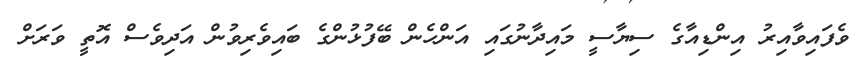
ވެފައިވާއިރު އިންޑިއާގެ ސިޔާސީ މައިދާނުގައި އަންހެން ބޭފުޅުންގެ ބައިވެރިވުން އަދިވެސް އޮތީ ވަރަށް